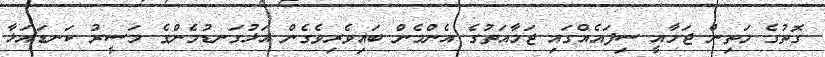
ގޮތުގެ މަތިން ޖަމާއީ ސިފައެއްގައި ޖަމާއަތުގެ އެންމެން ބައިވެރިވެގެން އަޅުގަނޑުމެންގެ މަސީރު ކަނޑައަޅާ